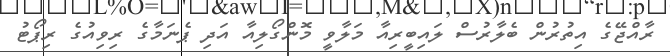
ރާއްޖޭގެ އިތުރުން ބެލާރުސް ލައިބީރިއާ މަލާވީ މޮންގޯލިއާ އަދި ޕެނަމާގެ ރިވިއުގެ ރިޕޯޓު